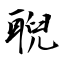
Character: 聣